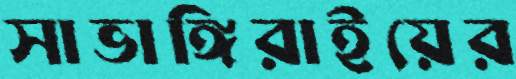
সাভাঙ্গিরাইয়ের